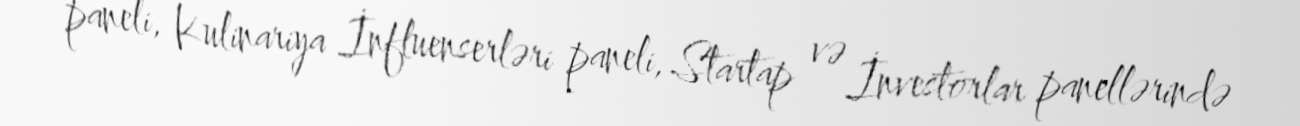
paneli, Kulinariya İnfluenserləri paneli, Startap və İnvestorlar panellərində